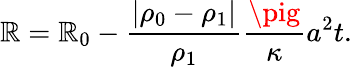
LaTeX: \mathbb{R}=\mathbb{R}_{0}-\frac{{|\rho_{0}-\rho_{1}|}}{{\rho_{1}}}\frac{{\pig}}{{\kappa}}a^{2}t.